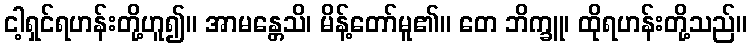
ငါ့ရှင်ရဟန်းတို့ဟူ၍။ အာမန္တေသိ၊ မိန့်တော်မူ၏။ တေ ဘိက္ခူ၊ ထိုရဟန်းတို့သည်။